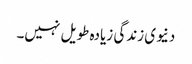
دنیوی زندگی زیادہ طویل نہیں۔